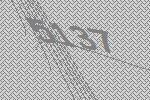
5137